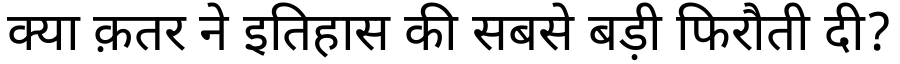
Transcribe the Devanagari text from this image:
क्या क़तर ने इतिहास की सबसे बड़ी फिरौती दी?